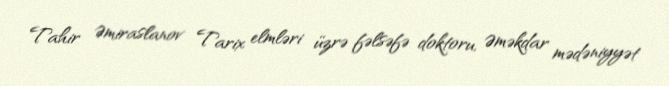
Tahir Əmiraslanov Tarix elmləri üzrə fəlsəfə doktoru, Əməkdar mədəniyyət